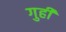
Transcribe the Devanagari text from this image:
गुही